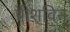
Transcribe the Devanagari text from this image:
प्रीशविन